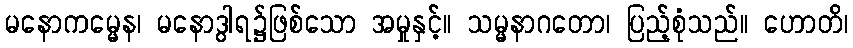
မနောကမ္မေန၊ မနောဒွါရ၌ဖြစ်သော အမှုနှင့်။ သမ္မနာဂတော၊ ပြည့်စုံသည်။ ဟောတိ၊